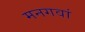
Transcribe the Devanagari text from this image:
मनगवां